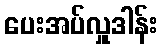
ပေးအပ်လှူဒါန်း